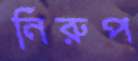
নিরুপ